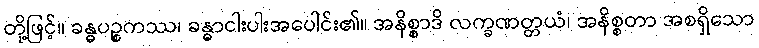
တို့ဖြင့်။ ခန္ဓပဉ္စကဿ၊ ခန္ဓာငါးပါးအပေါင်း၏။ အနိစ္စာဒိ လက္ခဏတ္တယံ၊ အနိစ္စတာ အစရှိသော